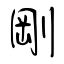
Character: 剛